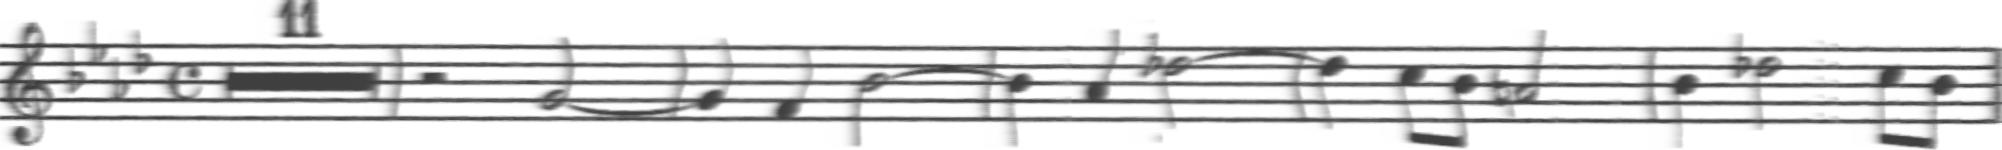
Transcription: clef-G2 keySignature-AbM timeSignature-C multirest-11 barline rest-half note-G4_half tie barline note-G4_quarter note-F4_quarter note-Bb4_half tie barline note-Bb4_quarter note-Ab4_quarter note-Db5_half tie barline note-Db5_quarter note-C5_eighth note-Bb4_eighth note-A4_half barline note-Bb4_quarter note-Db5_half note-C5_eighth note-Bb4_eighth barline